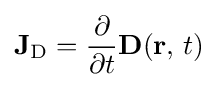
\mathbf {J} _{\mathrm {D} }={\frac {\partial }{\partial t}}\mathbf {D} (\mathbf {r} ,\,t)